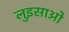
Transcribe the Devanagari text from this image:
लुइसाओ